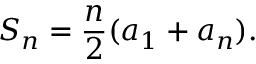
S _ { n } = { \frac { n } { 2 } } ( a _ { 1 } + a _ { n } ) .